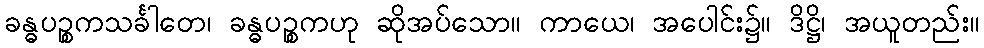
ခန္ဓပဉ္စကသင်္ခါတေ၊ ခန္ဓပဉ္စကဟု ဆိုအပ်သော။ ကာယေ၊ အပေါင်း၌။ ဒိဋ္ဌိ၊ အယူတည်း။